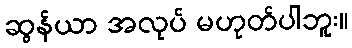
ဆွန်ယာ အလုပ် မဟုတ်ပါဘူး။